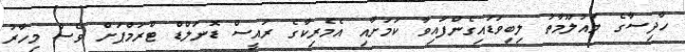
ހާދިސާގެ މައުލޫމާތު ލިބިވަޑައިގެންފައިވާ ކަމަށާއި އެމެރިކާގެ ރައީސް ޑޮނަލްޑް ޓްރަމްޕަށް ވެސް މިހާރު